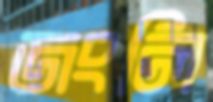
জংলি